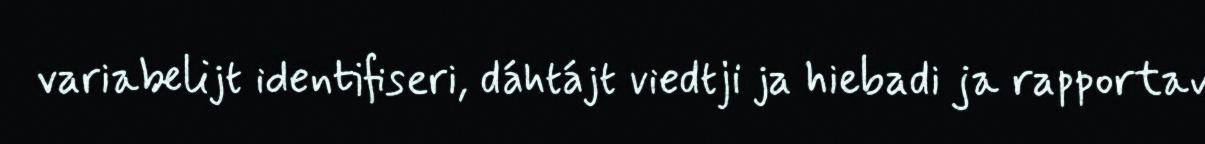
variabelijt identifiseri, dáhtájt viedtji ja hiebadi ja rapportav